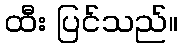
ထီး ပြင်သည်။